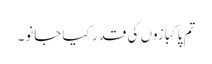
تم پاکبازوں کی قدر کیا جانو۔